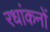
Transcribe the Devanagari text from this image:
रधांकनों